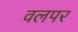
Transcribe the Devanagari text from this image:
वलपर